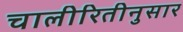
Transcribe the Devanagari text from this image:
चालीरितीनुसार